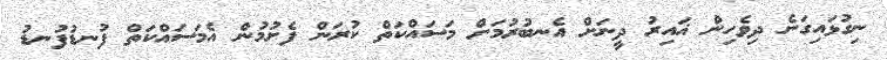
ނިގުޅައިގަނެ ދިވެހިން ޣައިރު ދީނަށް އެނބުރުމަށް މަސައްކަތް ކުރަން ފެށުމުން އެމަސައްކަތް ފުނޑުފުނޑު